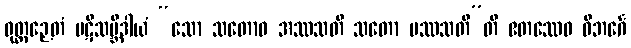
ဝုတ္တဉှေတံ ပဋိသမ္ဘိဒါယံ “သော သတောဝ အဿသတိ သတော ပဿသတီ”တိ ဧတဿေဝ ဝိဘင်္ဂေ